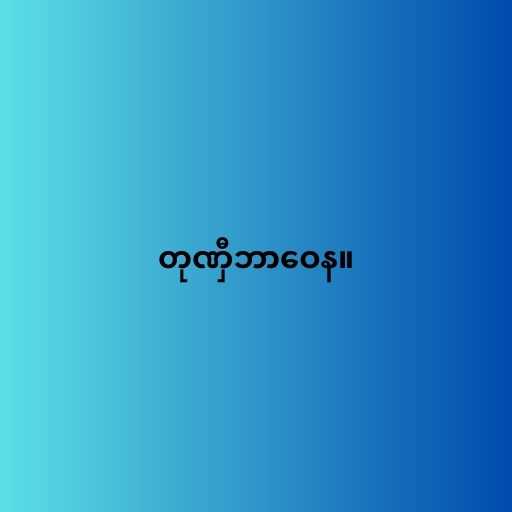
တုဏှီဘာဝေန။